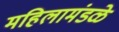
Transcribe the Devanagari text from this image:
महिलामंडळे